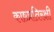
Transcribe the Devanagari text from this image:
काष्ठप्रतिरक्षी